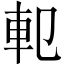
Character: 𨊠